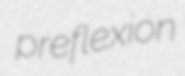
preflexion